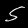
Digit: 5